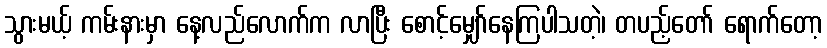
သွားမယ့် ကမ်းနားမှာ နေ့လည်လောက်က လာပြီး စောင့်မျှော်နေကြပါသတဲ့၊ တပည့်တော် ရောက်တော့